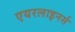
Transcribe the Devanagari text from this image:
एयरलाइनर्स